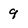
Character: 9